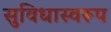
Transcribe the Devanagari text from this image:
सुविधास्वरूप